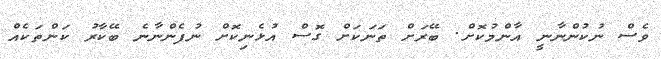
ވެސް ނުކުންނާނީ އާންމުކޮށް. ބޭރަށް ތަނަކަށް ގޮސް އުޅެނިކޮށް ނުފެންނާނެ ބޭކާރު ކަންތަކެއް